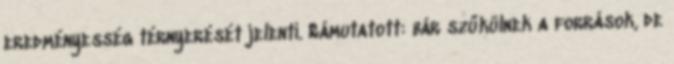
eredményesség térnyerését jelenti. Rámutatott: bár szűkülnek a források, de